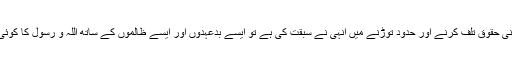
’وَاُولٰءِٓکَ ھُمُ الْمُعْتَدُوْنَ‘ یعنی حقوق تلف کرنے اور حدود توڑنے میں انہی نے سبقت کی ہے تو ایسے بدعہدوں اور ایسے ظالموں کے ساتھ اللہ و رسول کا کوئی عہد کیسے رہ سکتا ہے۔